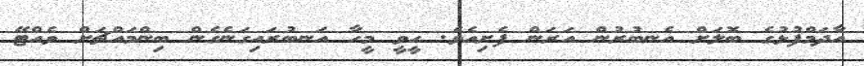
އާދަމްފުޅުގެ ބޮލަށް އެނބުރުން އަރަން ފެށިއެވެ. ހީވީ މީހާ އަނބުރައިގަނެގެން ބިންމައްޗަށް ވެއްޓޭ